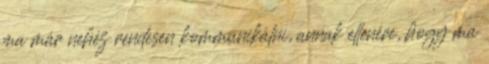
ma már nehéz rendesen kommunikálni, annak ellenére, hogy ma